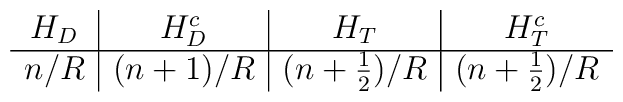
\begin{array}{c|c|c|c}        H_{D} & H_{D}^{c} & H_{T} & H_{T}^{c} \\ \hline        n/R & (n+1)/R & (n+\frac{1}{2})/R & (n+\frac{1}{2})/R    \end{array}